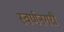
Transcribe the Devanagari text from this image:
स्‍वर्णनगरी